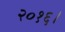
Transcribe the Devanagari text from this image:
२०१६।